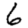
Digit: 6